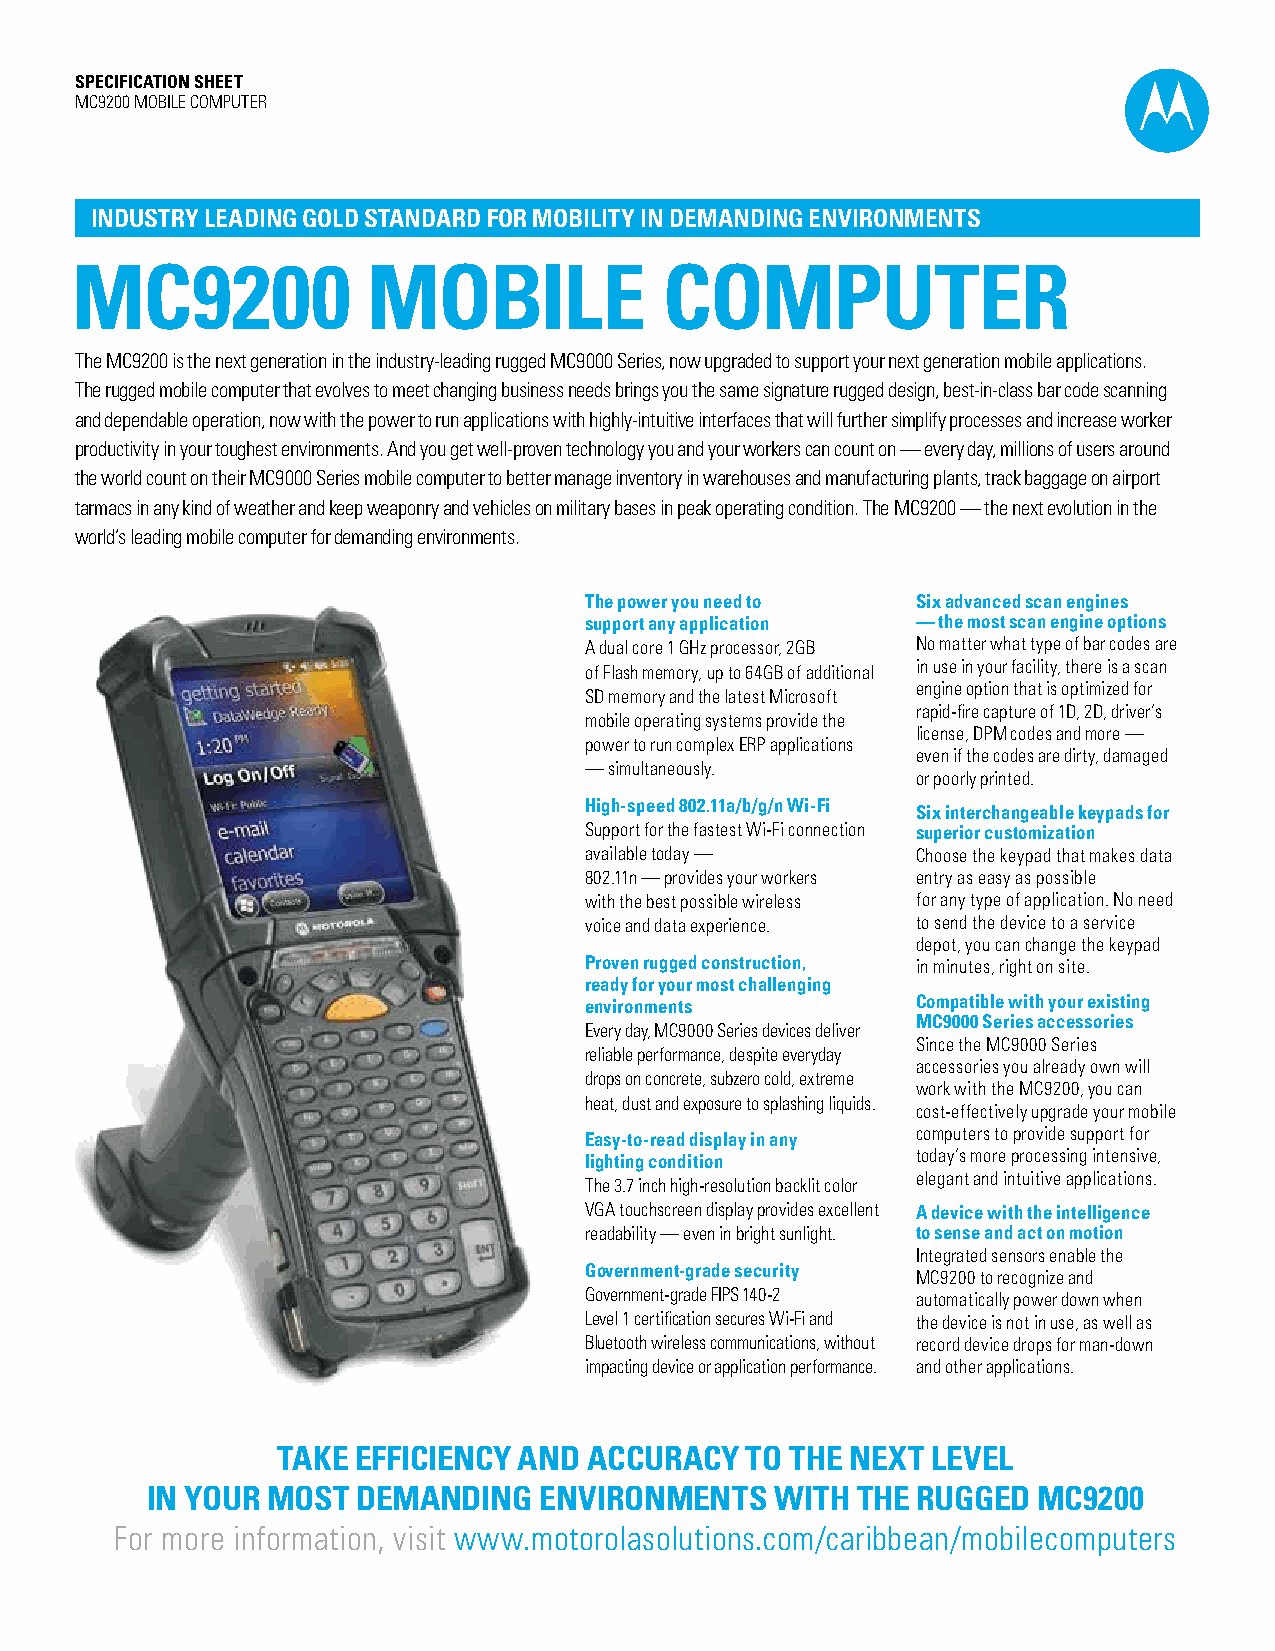
SPECIFICATION SHEET
 MC9200 MOBILE COMPUTER
 INDUSTRY LEADING GOLD STANDARD FOR MOBILITY IN DEMANDING ENVIRONMENTS
 MC9200             MOBILE              COMPUTER
 The MC9200 is the next generation in the industry-leading rugged MC9000 Series, now upgraded to support your next generation mobile applications.
 The rugged mobile computer that evolves to meet changing business needs brings you the same signature rugged design, best-in-class bar code scanning
 and dependable operation, now with the power to run applications with highly-intuitive interfaces that will further simplify processes and increase worker
 productivity in your toughest environments. And you get well-proven technology you and your workers can count on — every day, millions of users around
 the world count on their MC9000 Series mobile computer to better manage inventory in warehouses and manufacturing plants, track baggage on airport
 tarmacs in any kind of weather and keep weaponry and vehicles on military bases in peak operating condition. The MC9200 — the next evolution in the
 world’s leading mobile computer for demanding environments.
 The power you need to Six advanced scan engines
 support any application — the most scan engine options
 A dual core 1 GHz processor, 2GB No matter what type of bar codes are
 of Flash memory, up to 64GB of additional in use in your facility, there is a scan
 engine option that is optimized for
 SD memory and the latest Microsoft
 rapid-fire capture of 1D, 2D, driver’s
 mobile operating systems provide the
 license, DPM codes and more —
 power to run complex ERP applications
 even if the codes are dirty, damaged
 — simultaneously.
 or poorly printed.
 High-speed 802.11a/b/g/n Wi-Fi
 Six interchangeable keypads for
 Support for the fastest Wi-Fi connection superior customization
 available today —     Choose the keypad that makes data
 802.11n — provides your workers entry as easy as possible
 with the best possible wireless for any type of application. No need
 voice and data experience. to send the device to a service
 depot, you can change the keypad
 Proven rugged construction, in minutes, right on site.
 ready for your most challenging
 environments          Compatible with your existing
 MC9000 Series accessories
 Every day, MC9000 Series devices deliver
 Since the MC9000 Series
 reliable performance, despite everyday
 accessories you already own will
 drops on concrete, subzero cold, extreme
 work with the MC9200, you can
 heat, dust and exposure to splashing liquids.
 cost-effectively upgrade your mobile
 Easy-to-read display in any computers to provide support for
 lighting condition    today’s more processing intensive,
 elegant and intuitive applications.
 The 3.7 inch high-resolution backlit color
 VGA touchscreen display provides excellent A device with the intelligence
 readability — even in bright sunlight. to sense and act on motion
 Integrated sensors enable the
 Government-grade security
 MC9200 to recognize and
 Government-grade FIPS 140-2 automatically power down when
 Level 1 certification secures Wi-Fi and the device is not in use, as well as
 Bluetooth wireless communications, without record device drops for man-down
 impacting device or application performance. and other applications.
 TAKE EFFICIENCY AND  ACCURACY  TO THE NEXT  LEVEL
 IN YOUR MOST  DEMANDING   ENVIRONMENTS   WITH  THE RUGGED  MC9200
 For more information, visit www.motorolasolutions.com/caribbean/mobilecomputers